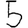
Digit: 5